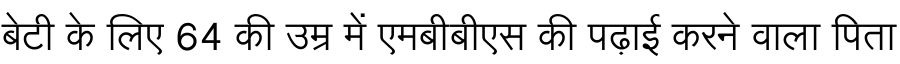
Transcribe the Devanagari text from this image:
बेटी के लिए 64 की उम्र में एमबीबीएस की पढ़ाई करने वाला पिता